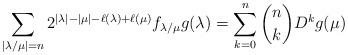
LaTeX: \begin{align*}\sum_{|\lambda/\mu|=n}2^{|\lambda|-|\mu|-\ell(\lambda)+\ell(\mu)}f_{\lambda/\mu}g(\lambda)=\sum_{k=0}^n\binom{n}{k}D^kg(\mu)\end{align*}